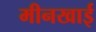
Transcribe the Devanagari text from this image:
मीनखाई